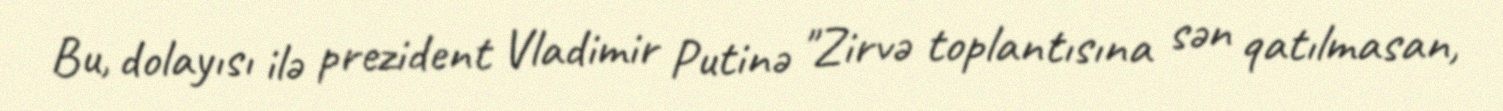
Bu, dolayısı ilə prezident Vladimir Putinə "Zirvə toplantısına sən qatılmasan,